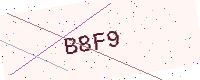
Text: B8F9